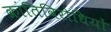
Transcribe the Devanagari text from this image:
क्रांतिविरोधियों